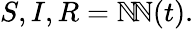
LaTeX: S,I,R=\mathbb{N}\! \mathbb{N}(t).